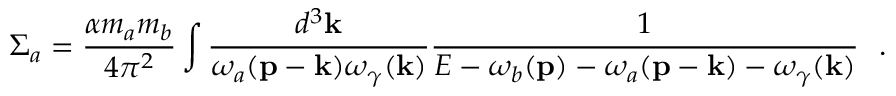
\Sigma _ { a } = \frac { \alpha m _ { a } m _ { b } } { 4 \pi ^ { 2 } } \int \frac { d ^ { 3 } { \mathbf { k } } } { \omega _ { a } ( { \mathbf { p } } - { \mathbf { k } } ) \omega _ { \gamma } ( { \mathbf { k } } ) } \frac { 1 } { E - \omega _ { b } ( { \mathbf { p } } ) - \omega _ { a } ( { \mathbf { p } } - { \mathbf { k } } ) - \omega _ { \gamma } ( { \mathbf { k } } ) } \ \ .